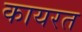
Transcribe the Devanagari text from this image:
कायरत